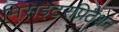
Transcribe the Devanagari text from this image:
मिसइंटरप्रिटेशन